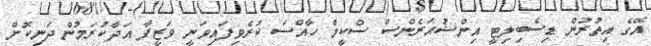
އޭގެ އިތުރުން ޑިސެބިލިޓީ އިންޝުއަރެންސް ސްކީމް ހާއްސަ ކުރެވިފައިވަނީ ވަޒީފާ އަދާކުރަމުން ދަނިކޮށް